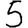
Digit: 5